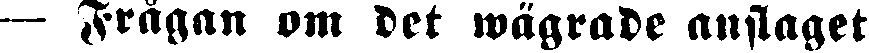
— Frågan om det wägrade anslaget